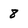
Character: 8